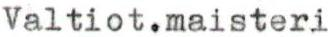
Valtiot.maisteri